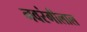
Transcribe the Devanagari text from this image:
नवरंगीलाल